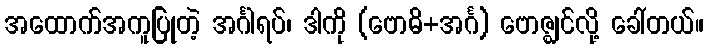
အထောက်အကူပြုတဲ့ အင်္ဂါရပ်၊ ဒါကို (ဗောဓိ+အင်္ဂ) ဗောဇ္ဈင်လို့ ခေါ်တယ်။